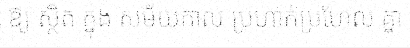
ឱ្យ ស្ថិត ក្នុង សម័យកាល ប្រហាក់ប្រហែល គ្នា